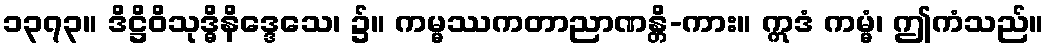
၁၃၇၃။ ဒိဋ္ဌိဝိသုဒ္ဓိနိဒ္ဒေသေ၊ ၌။ ကမ္မဿကတာညာဏန္တိ-ကား။ ဣဒံ ကမ္မံ၊ ဤကံသည်။